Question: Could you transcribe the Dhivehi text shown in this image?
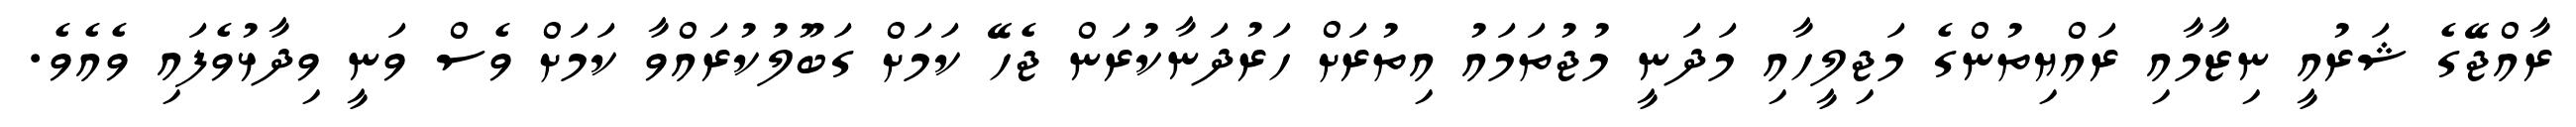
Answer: ރާއްޖޭގެ ޝަރުއީ ނިޒާމާއި ރައްޔިތުންގެ މަޖިލީހާއި މަދަނީ މުޖުތަމައު އިތުރަށް ހަރުދަނާކުރަން ޖެހޭ ކަމަށް ގަބޫލުކުރައްވާ ކަމަށް ވެސް ވަނީ ވިދާޅުވެފައި ވެއެވެ.